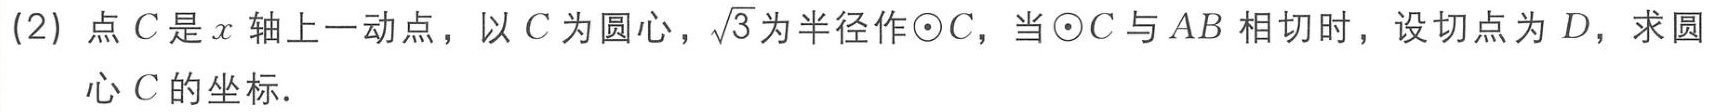
(2) 点\(C\)是\(x\)轴上一动点，以\(C\)为圆心，\(\sqrt{3}\)为半径作\(\odot C\)，当\(\odot C\)与\(AB\)相切时，设切点为\(D\)，求圆心\(C\)的坐标.